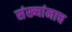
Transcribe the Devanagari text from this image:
संख्यांनाच